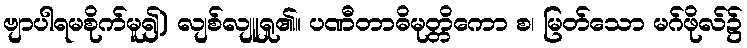
ဗျာပါရမစိုက်မူ၍) လျစ်လျူရှု၏။ ပဏီတာဓိမုတ္တိကော စ၊ မြတ်သော မဂ်ဖိုလ်၌